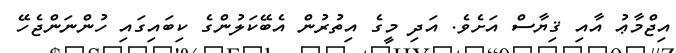
އިޖްމާޢު އާއި ޤިޔާސް އަށެވެ. އަދި މީގެ އިތުރުން އެބޭކަލުންގެ ކިބައިގައި ހުންނަންޖެހޭ